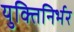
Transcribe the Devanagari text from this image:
युक्तिनिर्भर